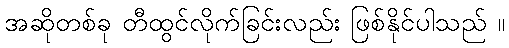
အဆိုတစ်ခု တီထွင်လိုက်ခြင်းလည်း ဖြစ်နိုင်ပါသည် ။